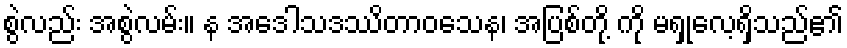
စွဲလည်း အစွဲလမ်း။ န အဒေါသဒဿိတာဝသေန၊ အပြစ်တို့ ကို မရှုလေ့ရှိသည်၏